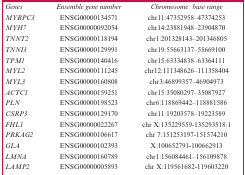
| Genes | Ensemble gene number | Chromosome: base range |
 | --- | --- | --- |
 | MYBPC3 | ENSG00000134571 | chr11:47352958–47374253 |
 | MYH7 | ENSG00000092054 | chr14:23881948–23904870 |
 | TNNT2 | ENSG00000118194 | chr1:201328143–201346805 |
 | TNNI3 | ENSG00000129991 | chr19:55663137–55669100 |
 | TPM1 | ENSG00000140416 | chr15:63334838–63364111 |
 | MYL2 | ENSG00000111245 | chr12:111348626–111358404 |
 | MYL3 | ENSG00000160808 | chr3:46899357–46904973 |
 | ACTC1 | ENSG00000159251 | chr15:35080297–35087927 |
 | PLN | ENSG00000198523 | chr6:118869442–118881586 |
 | CSRP3 | ENSG00000129170 | chr11:19203578–19223589 |
 | FHL1 | ENSG00000022267 | chr X:135229559-135293518:1 |
 | PRKAG2 | ENSG00000106617 | chr 7:151253197-151574210 |
 | GLA | ENSG00000102393 | X:100652791-100662913 |
 | LMNA | ENSG00000160789 | chr1:156084461–156109878 |
 | LAMP2 | ENSG00000005893 | chr X:119561682-119603220 |